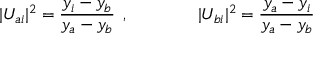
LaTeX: \vert U _ { a i } \vert ^ { 2 } = \frac { y _ { i } - y _ { b } } { y _ { a } - y _ { b } } \: \: , \qquad \qquad \vert U _ { b i } \vert ^ { 2 } = \frac { y _ { a } - y _ { i } } { y _ { a } - y _ { b } }